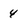
Character: 4